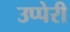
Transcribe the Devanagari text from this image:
उप्पेरी